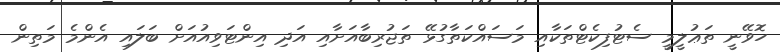
ހޮވޭނީ ތަޢުލީމީ ސެޓުފިކެޓްތަކާއި މަސައްކަތާގުޅޭ ތަޖުރިބާއަށާއި އަދި އިންޓަވިއުއަށް ބަލައި އެންމެ މަތިން